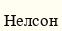
Нелсон